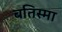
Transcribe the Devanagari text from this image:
बतिस्मा